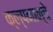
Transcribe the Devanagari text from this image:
क्ल्पनान्चे